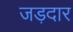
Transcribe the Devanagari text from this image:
जड़दार